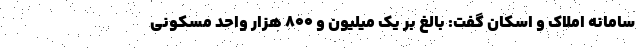
سامانه املاک و اسکان گفت: بالغ بر یک میلیون و ۸۰۰ هزار واحد مسکونی